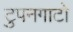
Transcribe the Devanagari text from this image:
टुपनगाटो